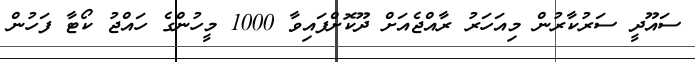
ސައޫދީ ސަރުކާރުން މިއަހަރު ރާއްޖެއަށް ދޫކޮށްފައިވާ 1000 މީހުންގެ ހައްޖު ކޯޓާ ފަހުން